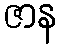
ဇာန